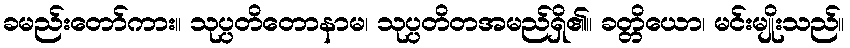
ခမည်းတော်ကား။ သုပ္ပတိတောနာမ၊ သုပ္ပတိတအမည်ရှိ၏။ ခတ္တိယော၊ မင်းမျိုးသည်။